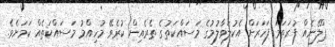
ޕްލޭނެއް ފުރަތަމަ ފަހަރަށް އެކުލަވާލުމުގެ މަސައްކަތުގެ ތެރެއިން ކުރެވޭ މުހިއްމު މަސައްކަތެއް ކަމަށެވެ.